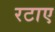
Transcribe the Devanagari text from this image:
रटाए